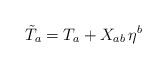
LaTeX: \begin{align*}\tilde T_a=T_a+X_{ab}\,\eta^b\end{align*}